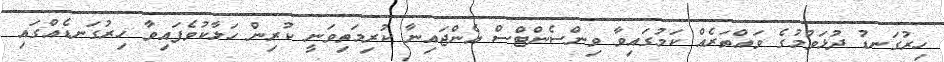
ހިރުގަނޑު ދުޅަވުމުގެ ވައްތަރެއް ކަމުގައިވާ ވިންސެންޓްސް އެންޖައިނާ ކުރިމަތިވަނީ ކުރިން ހަލާކުވެފައިވާ ހިރުގަނޑެއްގައި